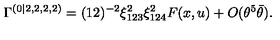
\Gamma ^ { ( 0 | 2 , 2 , 2 , 2 ) } = ( 1 2 ) ^ { - 2 } { \xi _ { 1 2 3 } ^ { 2 } \xi _ { 1 2 4 } ^ { 2 } } F ( x , u ) + O ( \theta ^ { 5 } \bar { \theta } ) .